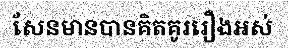
សែនមានបានគិតគូររឿងអស់